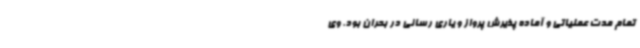
تمام مدت عملیاتی و آماده پذیرش پرواز و یاری رسانی در بحران بود. وی